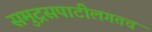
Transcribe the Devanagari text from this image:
समुद्रसपाटीलगतच